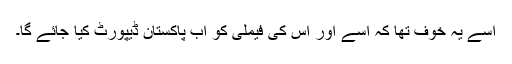
اسے یہ خوف تھا کہ اسے اور اس کی فیملی کو اب پاکستان ڈیپورٹ کیا جائے گا۔